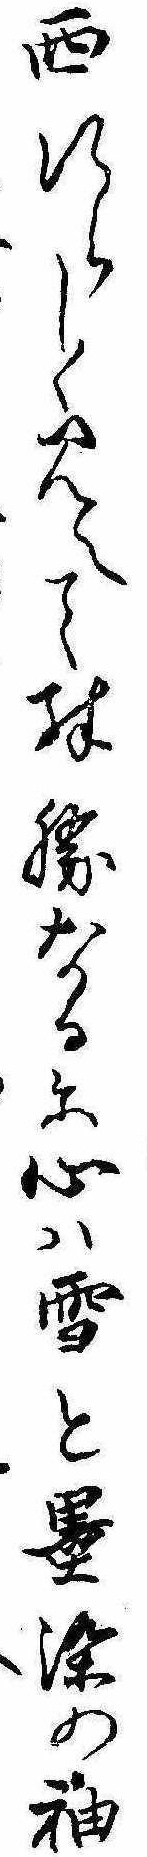
西行らしく見へて殊勝なるに心は雪と墨染の袖